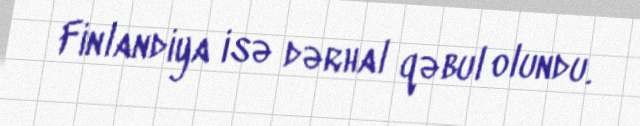
Finlandiya isə dərhal qəbul olundu.